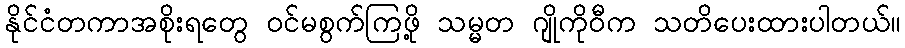
နိုင်ငံတကာအစိုးရတွေ ဝင်မစွက်ကြဖို့ သမ္မတ ဂျိုကိုဝီက သတိပေးထားပါတယ်။